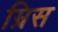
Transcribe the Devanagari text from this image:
म्रिस